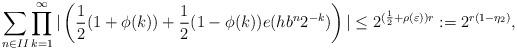
LaTeX: \begin{align*}\sum\limits_{n\in\uppercase\expandafter{\romannumeral2}}\prod\limits_{k=1}^{\infty}|\left(\frac{1}{2}(1+\phi(k))+\frac{1}{2}(1-\phi(k))e(h b^n 2^{-k})\right)|\leq2^{(\frac{1}{2}+\rho(\varepsilon))r}:=2^{r(1-\eta_2)},\end{align*}